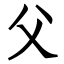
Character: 父